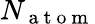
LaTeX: {N_{\mathrm{~a~t~o~m~}}}